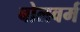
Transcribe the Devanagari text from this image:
बोलवर्म